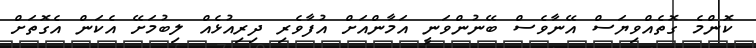
ކޮންމެ ގޮތެއްވިޔަސް އޭނާވެސް ބޭނުންވަނީ އަމާންއަށް އުފާވެރި ދިރިއުޅެއް ލިބުމަށޭ އެކަން އެގޮތަށް